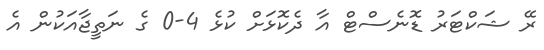
ރޭ ޝަކްޓަރު ޑޮނެސްޓް އާ ދެކޮޅަށް ކުޅެ 4-0 ގެ ނަތީޖާއަކުން އެ